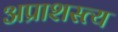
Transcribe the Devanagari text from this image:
अप्राशस्त्य